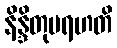
နိန္ဒိတုမရဟတိ